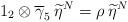
LaTeX: \begin{align*}1_{2}\otimes \overline{\gamma }_{5}\: \widetilde{\eta }^{N}=\rho \: \widetilde{\eta }^{N}\end{align*}